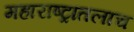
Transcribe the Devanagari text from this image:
महाराष्ट्रातलाच